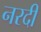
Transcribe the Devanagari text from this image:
नरदी